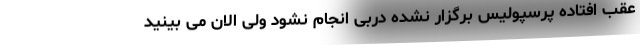
عقب افتاده پرسپولیس برگزار نشده دربی انجام نشود ولی الان می بینید